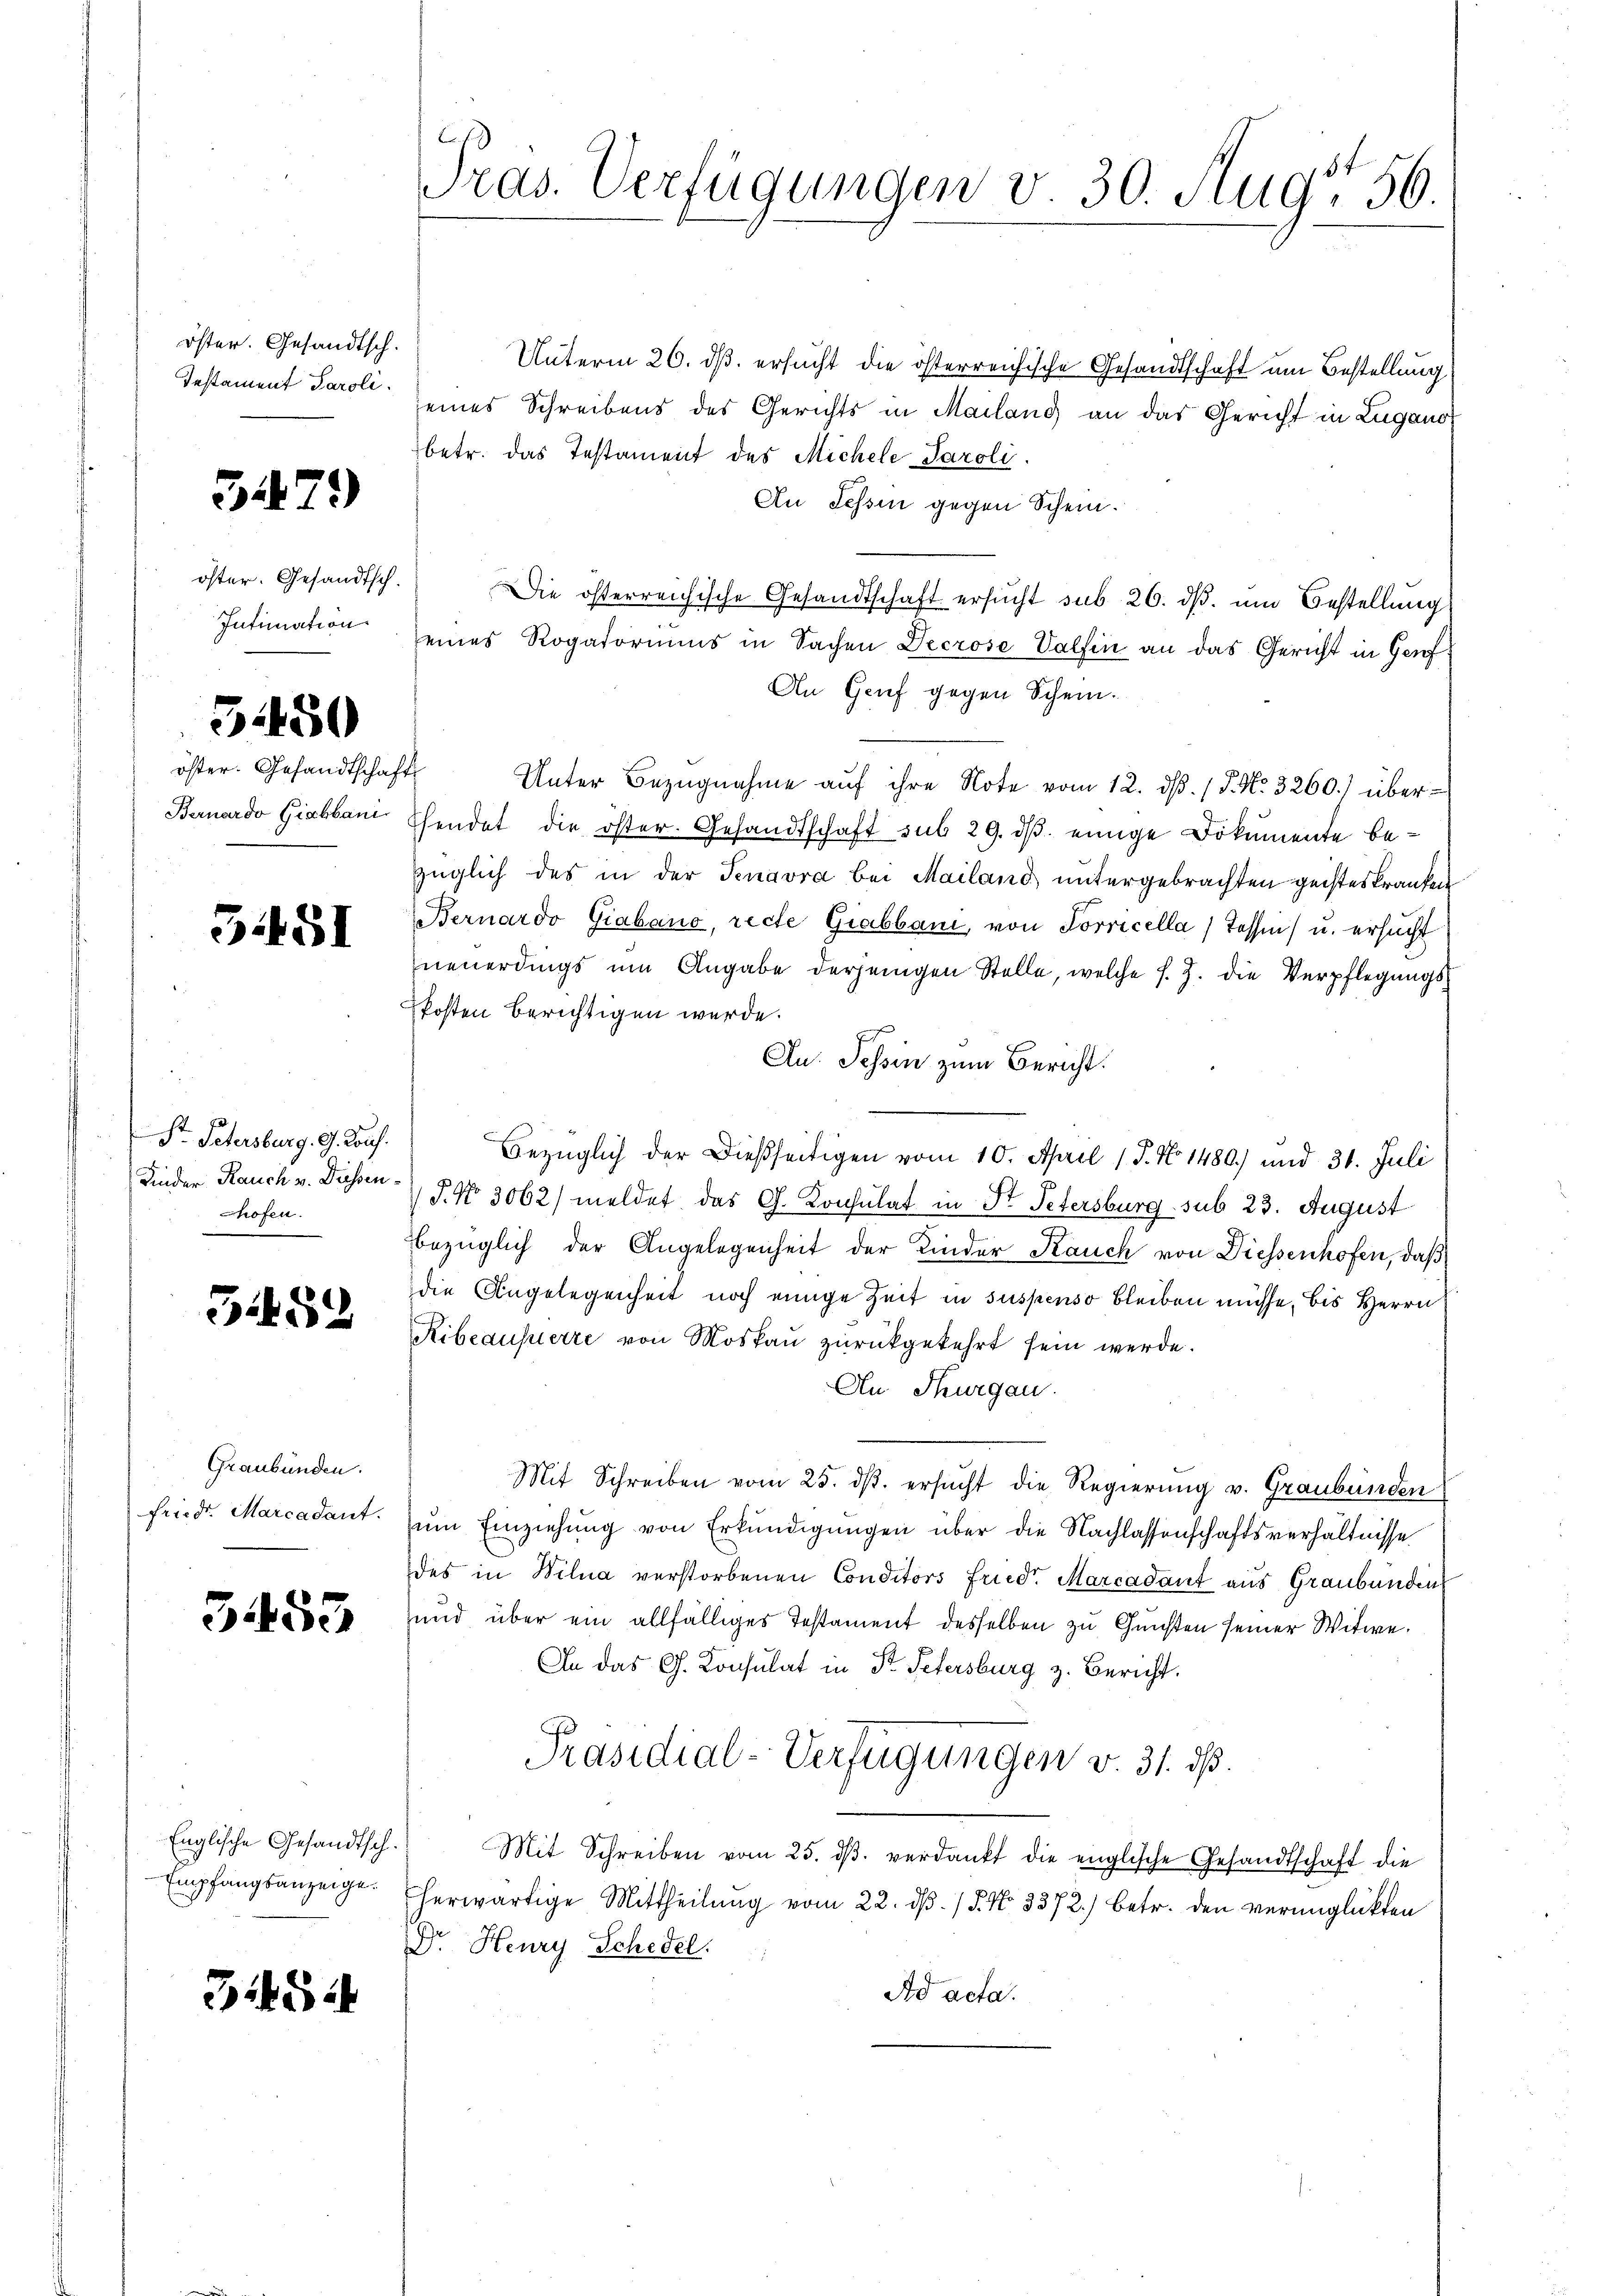
öster. Gesandtsch.
Iestament Paroli

3479

öster. Gesandtsch.
Intimation

51450

öster. Gesandtschaft
Bernardo Giabbani

551

St. Petersburg. G. Kons.
Kinder Rauch v. Diessen¬
Chofen.
er g

352

Graubünden.
friedr. Marcadant.

3453

3154

Englische Gesandtsch.
Empfangsanzeige.

Tras. Verfügungen v. 30. Aug' 56

Unterm 26. ds. ersucht die österreichische Gesandtschaft um Bestellung
seines Schreibens des Gerichts in Mailand an das Gericht in Lugano
betr. das Testament des Michele Paroli
An Tessin gegen Schein.
Die österreichische Gesandtschaft ersucht sub 26. dβ. um Bestellung
eines Rogatoriums in Sachen Decrose Valfen an das Gericht in Genf
An Genf gegen Schein.
Unter Bezŭgnahme aŭf ihre Note vom 12. dβ. / 5. No. 3260.) über¬
Ehendet die öster. Gesandtschaft sub 29. dβ einige Dokumente bezüglich des in der Tenavra bei Mailand, untergebrachten geisteskranken
Bernardo Giabano, recte Grabbani, von Sorricella Tassen) u. ersucht
neuerdings um Angabe derjenigen Stelle, welche s. Z. die Verpflegŭngs-
Posten berichtigen werde.
An. Tessin zum Bericht.
Bezüglich der Dießseitigen vom 10. April 17. No. 1480) und 31. Juli
P. Nr. 3062/ meldet das G. Konsulat in St. Petersburg sub 23. August
bezüglich der Angelegenheit der Kinder Kauch von Diessenhofen, daß
die Angelegenheit noch einige Zeit in suspenso bleiben müsse, bis Herrn
Ribeausuerre von Moskau zurückgekehrt sein werde.
An Thurgau.
Mit Schreiben vom 25. dβ. ersucht die Regierung v. Graubünden
zum Einziehung von Erkundigungen über die Nachlassenschaftsverhältnisse
des in Wilua verstorbenen Conditors Friedr Marcadant aus Graubünden
und über ein allfälliges Testament desselben zu Gunsten seiner Witwe.
In das G. Konsulat in Dr. Petersburg z. Bericht.
Präsidial-Verfügungen v. 31. ds.
Mit Schreiben vom 25. dβ verdankt die englische Gesandtschaft die
herwärtige Mittheilung vom 22. dβ. / 5. No. 3372) betr. den verunglückten
Dr. Henry Schedel.
Ad acta.